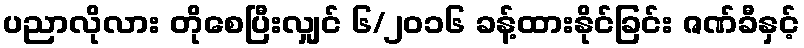
ပညာလိုလား တိုစေပြီးလျှင် ၆/၂၀၁၆ ခန့်ထားနိုင်ခြင်း ဇဏ်ခီနှင့်